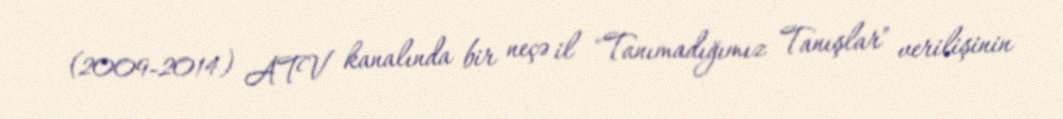
(2009-2014) ATV kanalında bir neçə il "Tanımadığımız Tanışlar" verilişinin